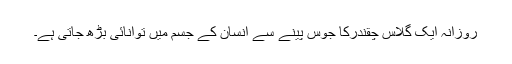
روزانہ ایک گلاس چقندرکا جوس پینے سے انسان کے جسم میں توانائی بڑھ جاتی ہے۔